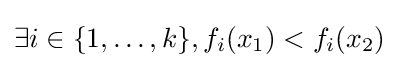
\exists i\in \{1,\dots ,k\},f_{i}(x_{1})<f_{i}(x_{2})